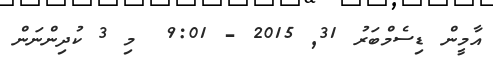
އާމީން ޑިސެމްބަރު 31